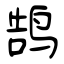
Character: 鹄